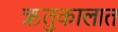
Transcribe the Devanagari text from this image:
ऋतुकालात